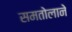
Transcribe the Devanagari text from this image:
समतोलाने